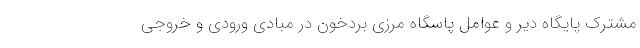
مشترک پایگاه دیر و عوامل پاسگاه مرزی بردخون در مبادی ورودی و خروجی